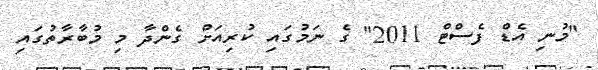
"މުނި އެޑް ފެސްޓް 2011" ގެ ނަމުގައި ކުރިއަށް ގެންދާ މި މުބާރާތުގައި